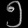
Digit: ၅